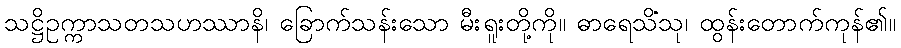
သဋ္ဌိဥက္ကာသတသဟဿာနိ၊ ခြောက်သန်းသော မီးရူးတို့ကို။ ဓာရေသိံသု၊ ထွန်းတောက်ကုန်၏။